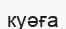
куәға